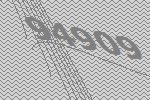
94909